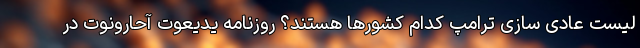
لیست عادی سازی ترامپ کدام کشورها هستند؟ روزنامه یدیعوت آحارونوت در